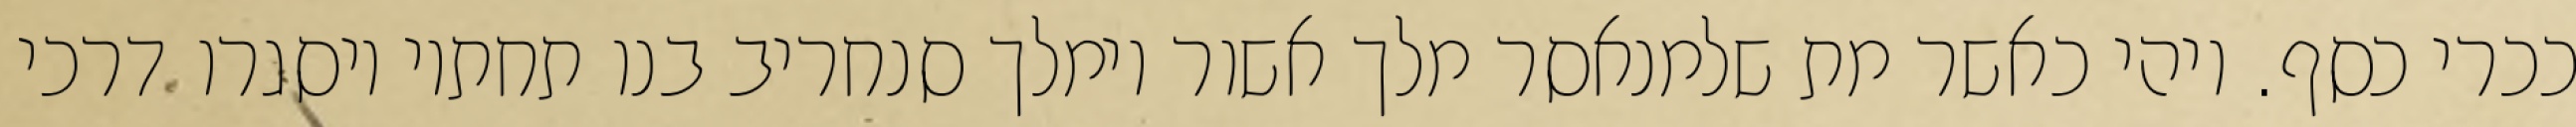
ככרי כסף. ויהי כאשר מת שלמנאסר מלך אשור וימלך סנחריב בנו תחתיו ויסגרו דרכי